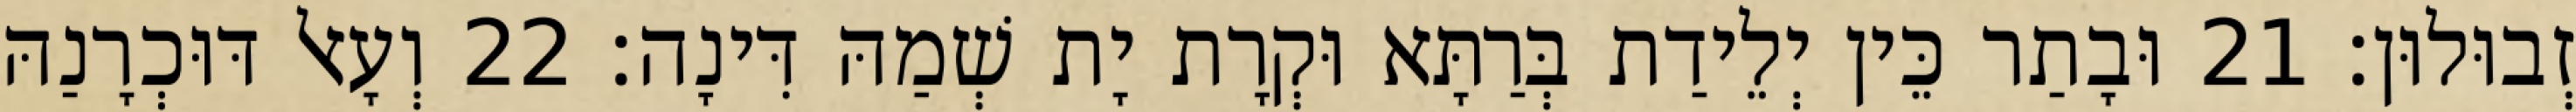
זְבוּלוּן׃ 21 וּבָתַר כֵּין יְלֵידַת בְּרַתָּא וּקְרָת יָת שְׁמַהּ דִּינָה׃ 22 וְעָאל דּוּכְרָנַהּ